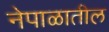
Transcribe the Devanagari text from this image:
नेपाळातील